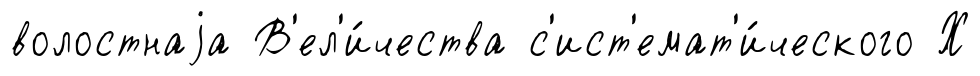
волостнаjа В'ел'и́чества с'ист'емат'и́ческого Х